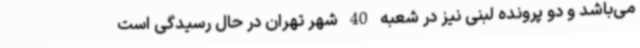
می‌باشد و دو پرونده لبنی نیز در شعبه 40 شهر تهران در حال رسیدگی است